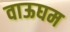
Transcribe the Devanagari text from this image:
वाऊघम